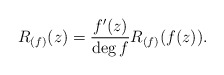
\begin{align*}R_{(f)}(z)= \frac{f^{\prime}(z)}{\deg f} R_{(f)}(f(z)).\end{align*}